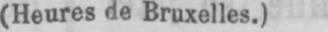
(Heures de Bruxelles.)